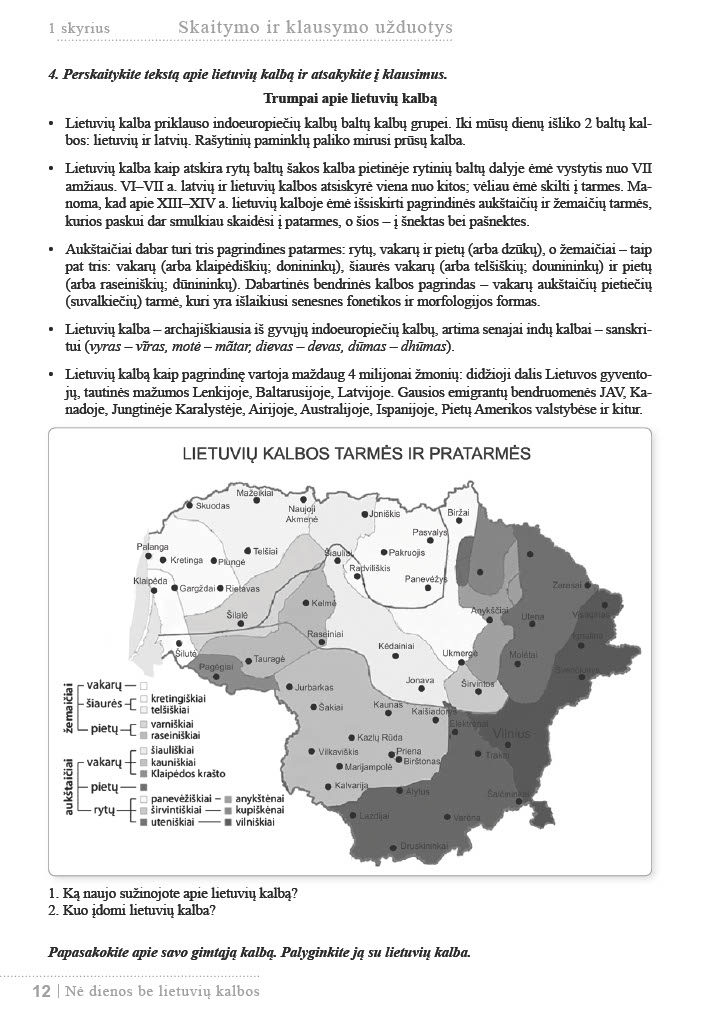
Language: lt